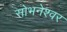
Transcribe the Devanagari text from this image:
सोभनेश्वर